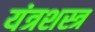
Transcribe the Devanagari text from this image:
यंत्रशस्त्र